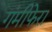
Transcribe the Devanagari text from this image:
गंमीफेरा